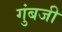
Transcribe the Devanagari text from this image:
गुंबजी